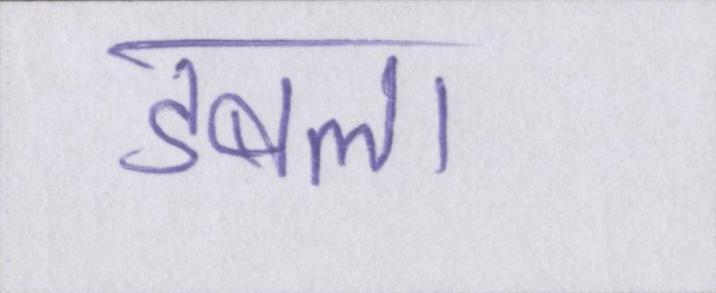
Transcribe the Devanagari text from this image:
डबला